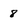
Character: 8